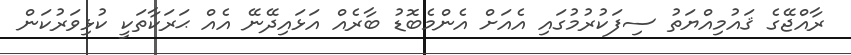
ރާއްޖޭގެ ޤައުމިއްޔަތު ސިފަކުރުމުގައި އެއަށް އެންމެބޮޑު ބާރެއް އަޅައިދޭނޭ އެއް ޙަރަކާތަކީ ކުޅިވަރުކަން